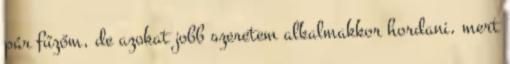
pár fűzőm, de azokat jobb szeretem alkalmakkor hordani, mert